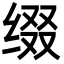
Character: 缀